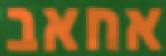
אחאב